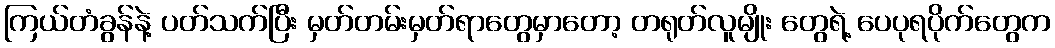
ကြယ်တံခွန်နဲ့ ပတ်သက်ပြီး မှတ်တမ်းမှတ်ရာတွေမှာတော့ တရုတ်လူမျိုး တွေရဲ့ ပေပုရပိုက်တွေက